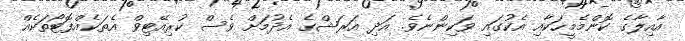
އާއިލާގެ ކޮންމެމީހަކާއި އެކުގައި ވަކިންނެވެ. އަދި އަރަޝްގެ އެދުމަށް ވެސް ކުރިއޭޓިވް އެތަކެއްފޮޓޯތަކެއް